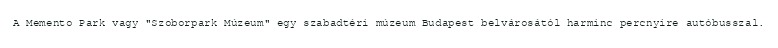
A Memento Park vagy "Szoborpark Múzeum" egy szabadtéri múzeum Budapest belvárosától harminc percnyire autóbusszal.